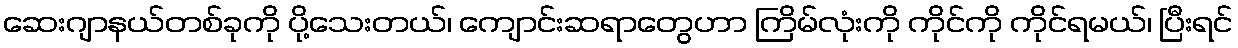
ဆေးဂျာနယ်တစ်ခုကို ပို့သေးတယ်၊ ကျောင်းဆရာတွေဟာ ကြိမ်လုံးကို ကိုင်ကို ကိုင်ရမယ်၊ ပြီးရင်